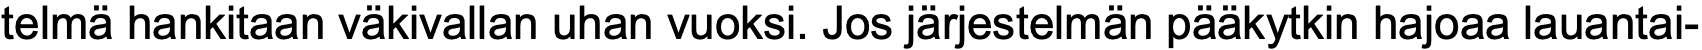
telmä hankitaan väkivallan uhan vuoksi. Jos järjestelmän pääkytkin hajoaa lauantai-